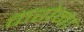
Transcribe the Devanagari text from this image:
करोना